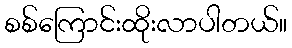
စစ်ကြောင်းထိုးလာပါတယ်။